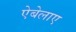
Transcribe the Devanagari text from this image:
ऐबेलाए